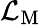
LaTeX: {\mathcal{L}}_{\mathrm{M}}